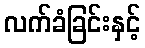
လက်ခံခြင်းနှင့်